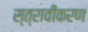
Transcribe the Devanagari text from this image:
स्त्रावीकरण